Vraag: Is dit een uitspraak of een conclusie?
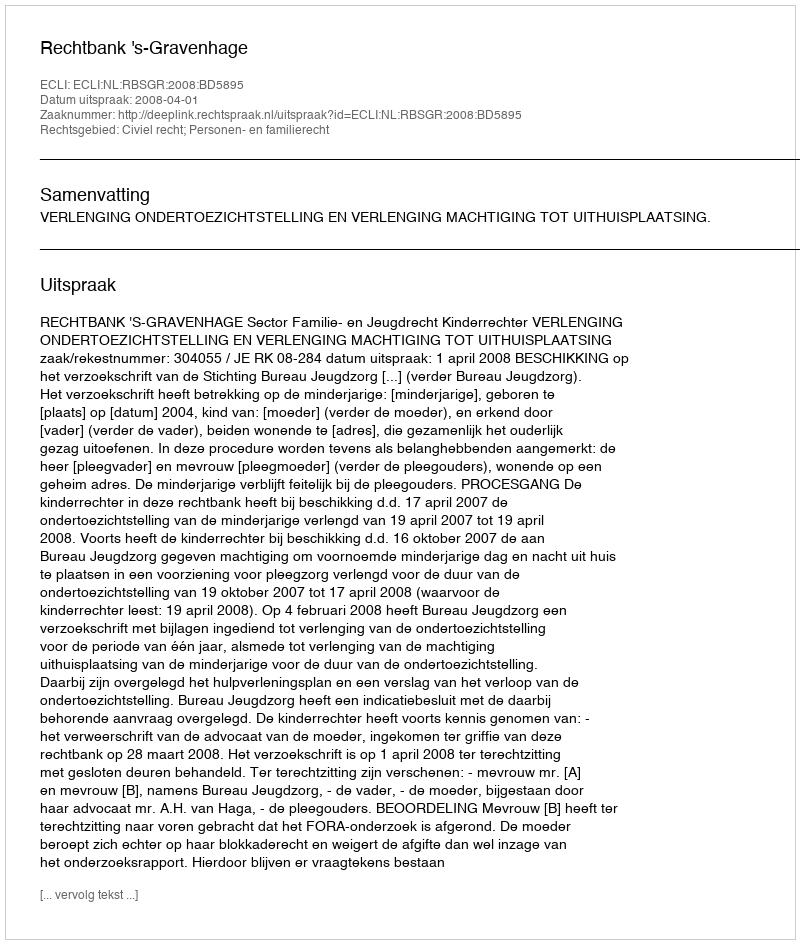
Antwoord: Uitspraak